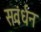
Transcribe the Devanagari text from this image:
सवंर्धन